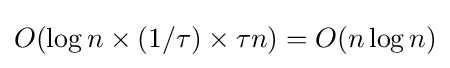
O(\log n\times (1/\tau )\times \tau n)=O(n\log n)